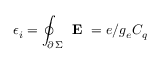
\epsilon _ { i } = \oint _ { \scriptstyle \partial \, \Sigma } \textbf { E } = e / g _ { e } C _ { q }